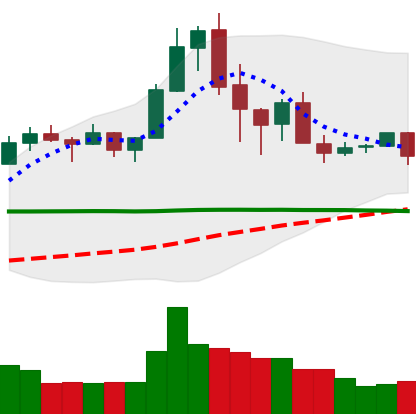
Ticker: XRP-USD
Chart end date: 2020-02-24
Forward return: -14.571%
Label: down_7plus